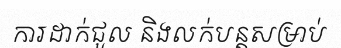
ការដាក់ជួល និងលក់បន្តសម្រាប់